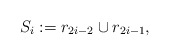
\begin{align*}S_i:=r_{2i-2} \cup r_{2i-1},\end{align*}